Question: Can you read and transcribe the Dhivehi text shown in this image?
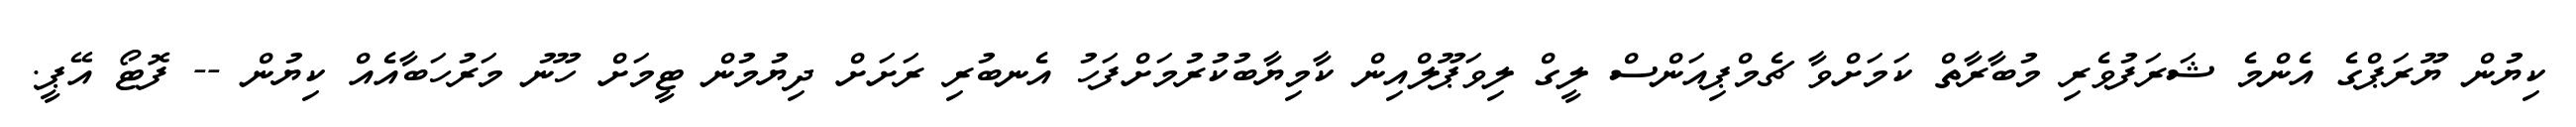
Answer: ކިޔުން ޔޫރަޕްގެ އެންމެ ޝަރަފުވެރި މުބާރާތް ކަމަށްވާ ޗެމްޕިއަންސް ލީގް ލިވަޕޫލްއިން ކާމިޔާބުކުރުމަށްފަހު އެނބުރި ރަށަށް ދިޔުމުން ޓީމަށް ހޫނު މަރުހަބާއެއް ކިޔުން -- ފޮޓޯ އޭޕީ.